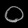
Digit: ၀